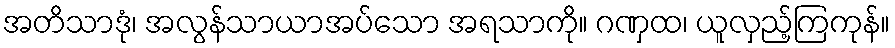
အတိသာဒုံ၊ အလွန်သာယာအပ်သော အရသာကို။ ဂဏှထ၊ ယူလှည့်ကြကုန်။